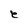
Character: e